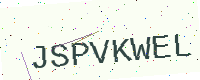
Text: JSPVKWEL